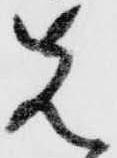
先